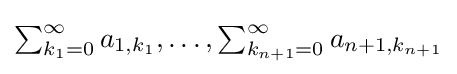
{\textstyle \sum _{k_{1}=0}^{\infty }a_{1,k_{1}},\ldots ,\sum _{k_{n+1}=0}^{\infty }a_{n+1,k_{n+1}}}